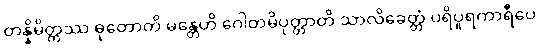
တန္နိမိတ္တဿ ဓုတောတိ မန္တေဟိ ဂေါတမိပုတ္တာတိ သာလိခေတ္တံ ပရိပူရကာရီပေ